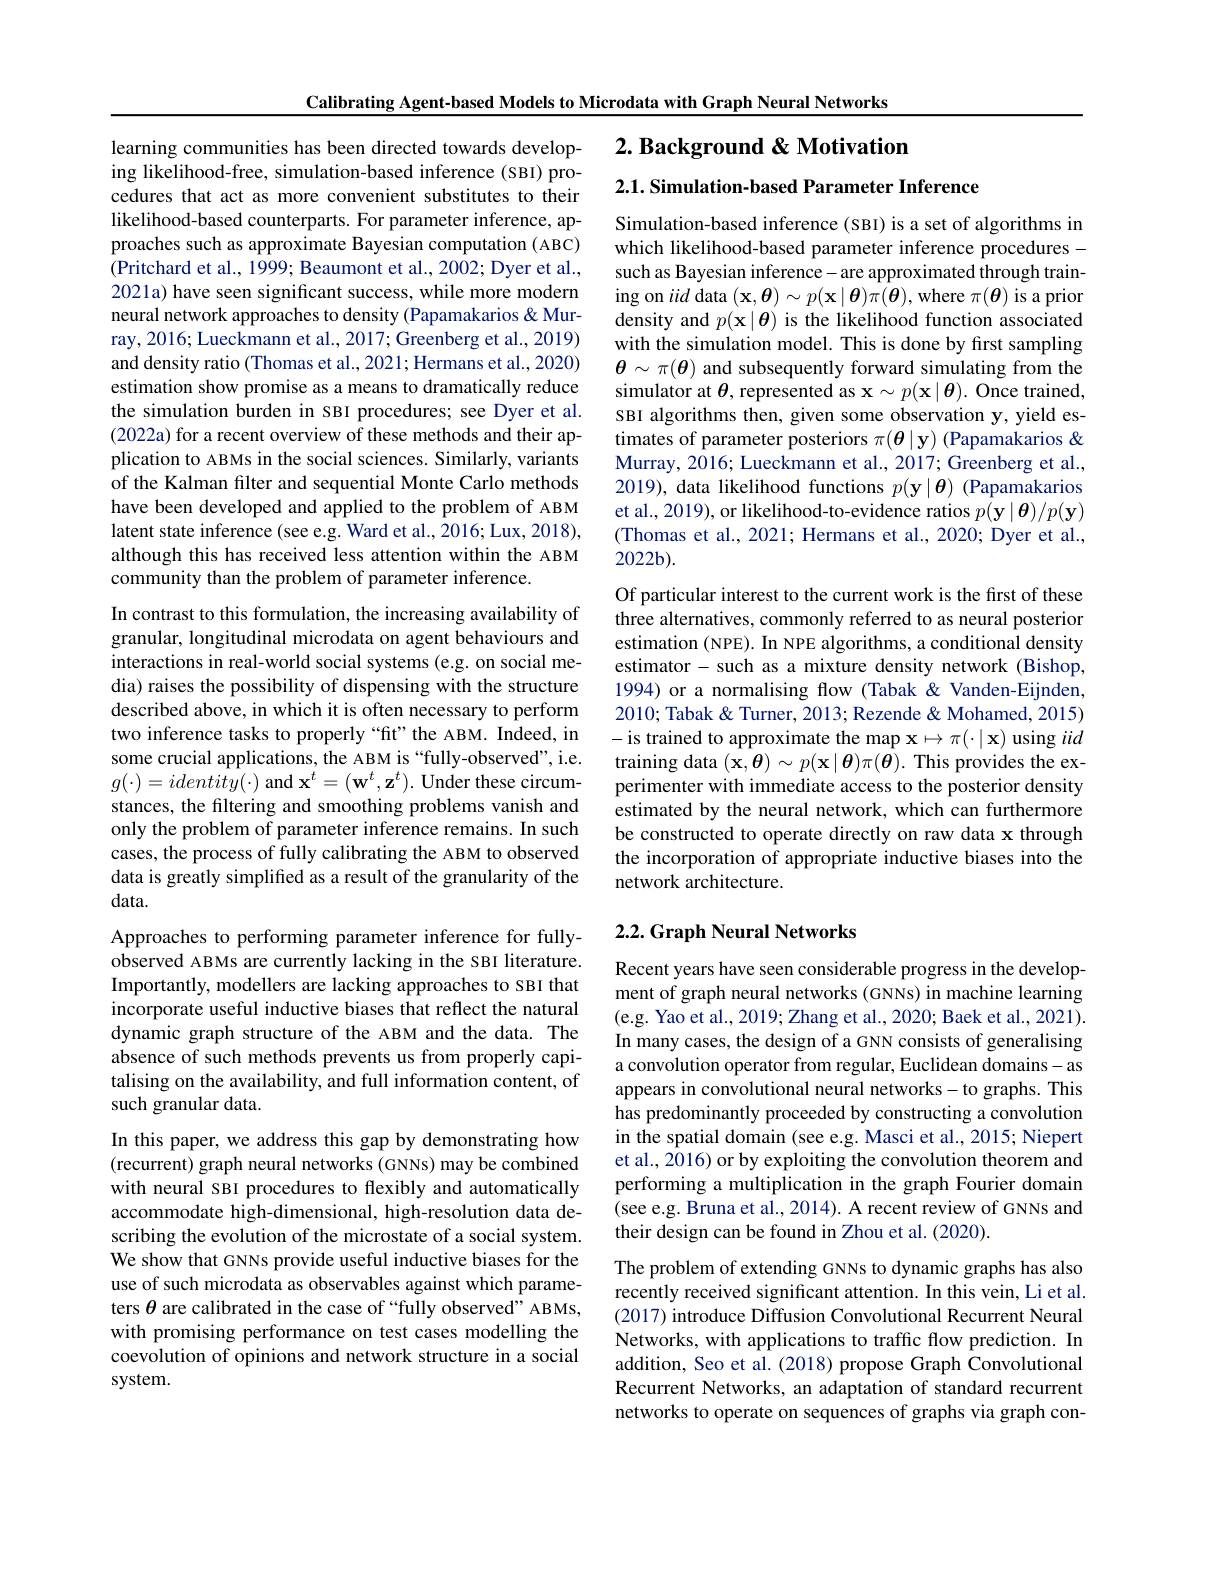
Calibrating Agent-based Models to Microdata with Graph Neural Networks

2. Background & Motivation

2.1. Simulation-based Parameter Inference

learning communities has been directed towards developing likelihood-free, simulation-based inference (SBI) procedures that act as more convenient substitutes to their likelihood-based counterparts. For parameter inference, approaches such as approximate Bayesian computation ( ABC) (Pritchard et al., 1999; Beaumont et al., 2002; Dyer et al., 2021a) have seen significant success, while more modern neural network approaches to density (Papamakarios &Murray, 2016; Lueckmann et al., 2017; Greenberg et al., 2019) and density ratio (Thomas et al., 2021; Hermans et al., 2020) estimation show promise as a means to dramatically reduce the simulation burden in SBI procedures; see Dyer et al. (2022a) for a recent overview of these methods and their application to ABMs in the social sciences. Similarly, variants of the Kalman filter and sequential Monte Carlo methods have been developed and applied to the problem of ABM latent state inference (see e.g. Ward et al., 2016; Lux, 2018), although this has received less attention within the ABM community than the problem of parameter inference.

Simulation-based inference (SBI) is a set of algorithms in which likelihood-based parameter inference procedures - such as Bayesian inference- are approximated through training on iid data $(\mathbf{x},\boldsymbol{\theta})\sim p(\mathbf{x}\mid\boldsymbol{\theta})\pi(\boldsymbol{\theta})$, where $\pi(\boldsymbol{\theta})$ is a prior density and $p(\mathbf{x}\mid\boldsymbol{\theta})$ is the likelihood function associated with the simulation model. This is done by first sampling $\boldsymbol{\theta}\sim\pi(\boldsymbol{\theta})$ and subsequently forward simulating from the simulator at $\boldsymbol\theta$, represented as $\mathbf{x}\sim p(\mathbf{x}\mid\boldsymbol{\theta}).$ Once trained, SBI algorithms then, given some observation y, yield estimates of parameter posteriors $\pi(\boldsymbol{\theta}\mid\mathbf{y})$ (Papamakarios & $\hat{\text{Murray, 2016; Lueckmann et al., 2017; Greenberg et al.,}}$ 2019), data likelihood functions $p(\mathbf{y}\mid\boldsymbol{\theta})$ (Papamakarios et al., 2019), or likelihood-to-evidence ratios $p(\mathbf{y}\mid\boldsymbol{\theta})/p(\mathbf{y})$ (Thomas et al., 2021; Hermans et al., 2020; Dyer et al., $2022b).$

Of particular interest to the current work is the first of these three alternatives, commonly referred to as neural posterior estimation (NPE). In NPE algorithms, a conditional density estimator- such as a mixture density network (Bishop, 1994) or a normalising flow (Tabak & Vanden-Eijnden, 2010; Tabak & Turner, 2013; Rezende & Mohamed, 2015) -is trained to approximate the map $\mathbf{x}\mapsto\pi(\cdot|\mathbf{x})$ using iid training data $(\mathbf{x},\boldsymbol{\theta})\sim p(\mathbf{x}\mid\boldsymbol{\theta})\pi(\boldsymbol{\theta}).$ This provides the experimenter with immediate access to the posterior density estimated by the neural network, which can furthermore be constructed to operate directly on raw data x through the incorporation of appropriate inductive biases into the network architecture.

In contrast to this formulation, the increasing availability of granular, longitudinal microdata on agent behaviours and interactions in real-world social systems (e.g. on social media) raises the possibility of dispensing with the structure described above, in which it is often necessary to perform two inference tasks to properly “fit”the ABM. Indeed, in some crucial applications, the ABM is “fully-observed”, i.e. $g(\cdot)=identity(\cdot)$ and $\mathbf{x}^t=(\mathbf{w}^t,\mathbf{z}^t).$ Under these circumstances, the filtering and smoothing problems vanish and only the problem of parameter inference remains. In such cases, the process of fully calibrating the ABM to observed data is greatly simplified as a result of the granularity of the data.

## 2.2. Graph Neural Networks

Approaches to performing parameter inference for fullyobserved ABMs are currently lacking in the SBI literature. Importantly, modellers are lacking approaches to SBI that incorporate useful inductive biases that reflect the natural dynamic graph structure of the ABM and the data. The absence of such methods prevents us from properly capitalising on the availability, and full information content, of such granular data.

Recent years have seen considerable progress in the development of graph neural networks (GNNs) in machine learning (e.g. Yao et al., 2019; Zhang et al., 2020; Baek et al., 2021). In many cases, the design of a GNN consists of generalising a convolution operator from regular, Euclidean domains- as appears in convolutional neural networks-to graphs. This has predominantly proceeded by constructing a convolution in the spatial domain (see e.g. Masci et al., 2015; Niepert et al., 2016) or by exploiting the convolution theorem and performing a multiplication in the graph Fourier domain (see e.g. Bruna et al., 2014). A recent review of GNNs and their design can be found in Zhou et al. (2020).

In this paper, we address this gap by demonstrating how (recurrent) graph neural networks (GNNs) may be combined with neural SBI procedures to flexibly and automatically accommodate high-dimensional, high-resolution data describing the evolution of the microstate of a social system. We show that GNNs provide useful inductive biases for the use of such microdata as observables against which parameters $\theta$ are calibrated in the case of “fully observed”ABMs, with promising performance on test cases modelling the coevolution of opinions and network structure in a social system.

The problem of extending GNNs to dynamic graphs has also recently received significant attention. In this vein, Li et al. (2017) introduce Diffusion Convolutional Recurrent Neural Networks, with applications to traffic flow prediction. In addition, Seo et al. (2018) propose Graph Convolutional Recurrent Networks, an adaptation of standard recurrent networks to operate on sequences of graphs via graph con-